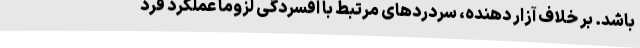
باشد. بر خلاف آزار دهنده، سردردهای مرتبط با افسردگی لزوما عملکرد فرد